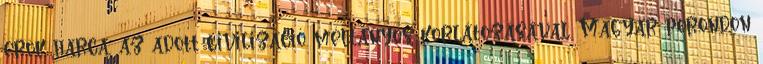
erõk harca, az adott civilizáció méltányos korlátozásával. Magyar porondon